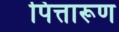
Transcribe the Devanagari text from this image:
पित्तारूण